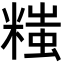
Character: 𬖲